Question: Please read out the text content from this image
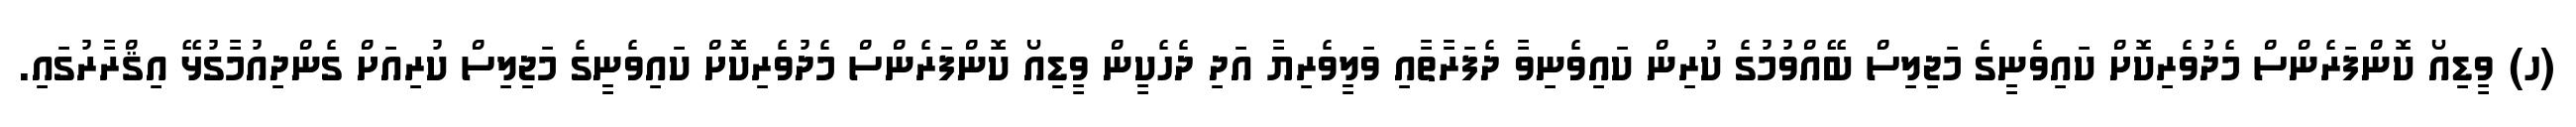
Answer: (ހ) ވީޑިއޯ ކޮންފަރެންސް މެދުވެރިކޮށް ކައިވެނީގެ މަޖިލިސް ބޭއްވުމުގެ ކުރިން ކައިވެނިވާ ދެފަރާތާއި ވަލީވެރިޔާ އަދި ދެހެކީން ވީޑިއޯ ކޮންފަރެންސް މެދުވެރިކޮށް ކައިވެނީގެ މަޖިލިސް ކުރިއަށް ގެންދިއުމާގުޅޭ އިޤްރާރުގައި.